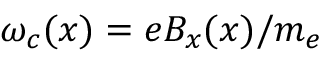
\omega _ { c } ( x ) = e B _ { x } ( x ) / m _ { e }